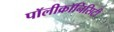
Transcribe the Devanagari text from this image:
पॉलीक्रॉनिसिटी